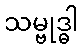
သမ္ဗုဒ္ဓါ